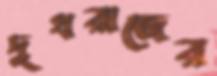
দুধরাজের